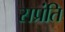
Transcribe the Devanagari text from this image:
सप्रंति